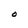
Character: O